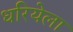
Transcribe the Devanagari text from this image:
धरियेला